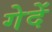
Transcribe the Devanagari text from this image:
गेदें